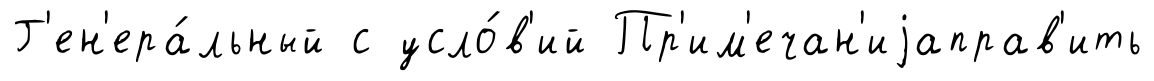
Г'ен'ера́льный с усло́в'ий Пр'им'ечан'иjаправ'ить